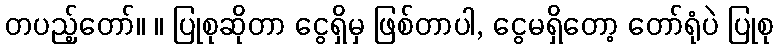
တပည့်တော်။ ။ ပြုစုဆိုတာ ငွေရှိမှ ဖြစ်တာပါ, ငွေမရှိတော့ တော်ရုံပဲ ပြုစု